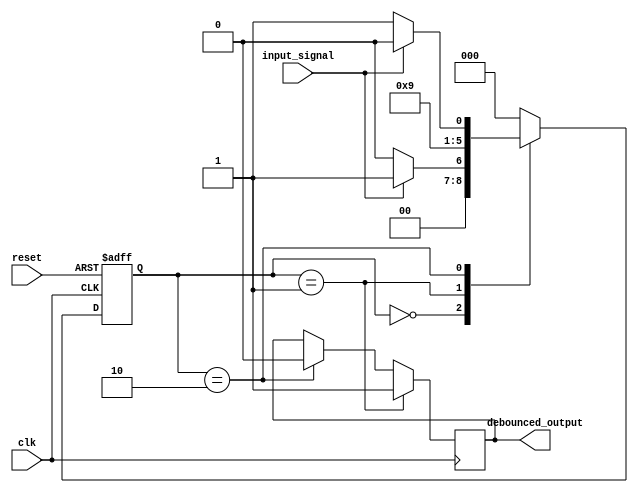
module debounce_circuit (
    input wire clk,
    input wire reset,
    input wire input_signal,
    output reg debounced_output
);

reg [2:0] state;

parameter DEBOUNCE_TIME = 3;

always @ (posedge clk or posedge reset) begin
    if (reset) begin
        state <= 3'b000;
    end else begin
        case (state)
            3'b000: begin
                if (input_signal) begin
                    state <= 3'b001;
                end else begin
                    state <= 3'b000;
                end
            end
            3'b001: begin
                state <= 3'b010;
            end
            3'b010: begin
                if (!input_signal) begin
                    state <= 3'b011;
                end else begin
                    state <= 3'b010;
                end
            end
            3'b011: begin
                state <= 3'b000;
            end
            default: state <= 3'b000;
        endcase
    end
end

always @ (posedge clk) begin
    if (state == 3'b001) begin
        debounced_output <= 1'b1;
    end else if (state == 3'b010) begin
        debounced_output <= 1'b0;
    end
end

endmodule